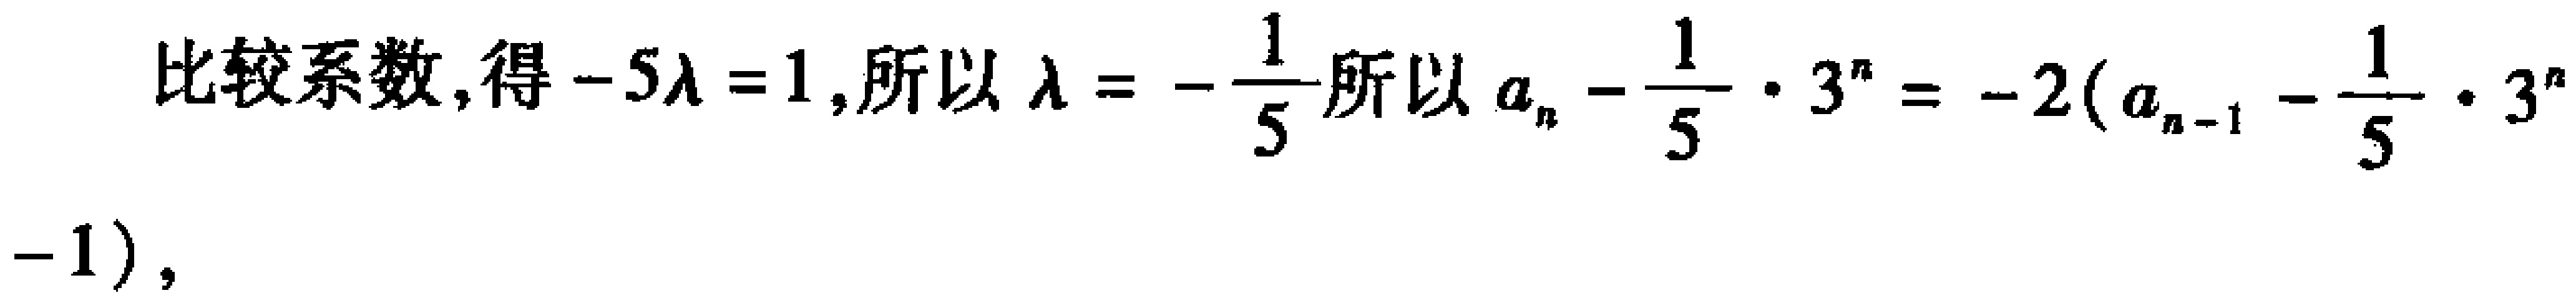
比较系数,得\(-5\lambda = 1\),所以\(\lambda = -\frac{1}{5}\)所以\(a_{n}-\frac{1}{5}\cdot 3^{n} = -2(a_{n - 1}-\frac{1}{5}\cdot 3^{n - 1})\),